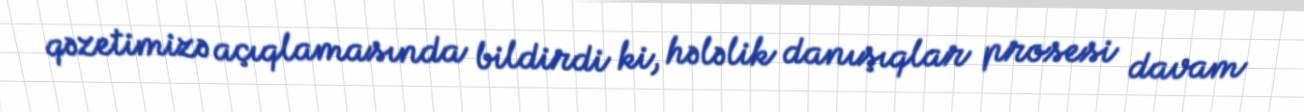
qəzetimizə açıqlamasında bildirdi ki, hələlik danışıqlar prosesi davam